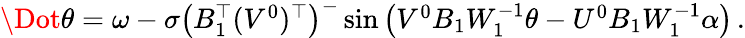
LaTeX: \begin{array}{r}{\Dot{\theta}=\omega-\sigma\left(B_{1}^{\top}(V^{0})^{\top}\right)^{-}\sin\left(V^{0}B_{1}W_{1}^{-1}\theta-U^{0}B_{1}W_{1}^{-1}\alpha\right)\, .}\end{array}